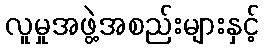
လူမှုအဖွဲ့အစည်းများနှင့်